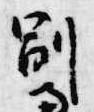
副